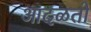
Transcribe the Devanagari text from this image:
आदळतो